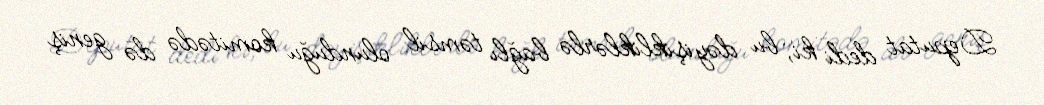
Deputat dedi ki, bu dəyişikliklərlə bağlı təmsil olunduğu komitədə də geniş